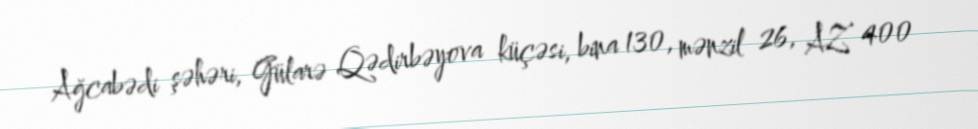
Ağcabədi şəhəri, Gülarə Qədirbəyova küçəsi, bina 130, mənzil 26, AZ 400